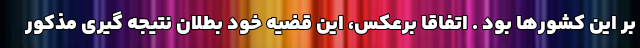
بر این کشورها بود . اتفاقا برعکس، این قضیه خود بطلان نتیجه گیری مذکور